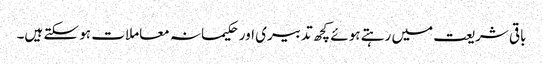
باقی شریعت میں رہتے ہوئے کچھ تدبیری اور حکیمانہ معاملات ہو سکتے ہیں۔